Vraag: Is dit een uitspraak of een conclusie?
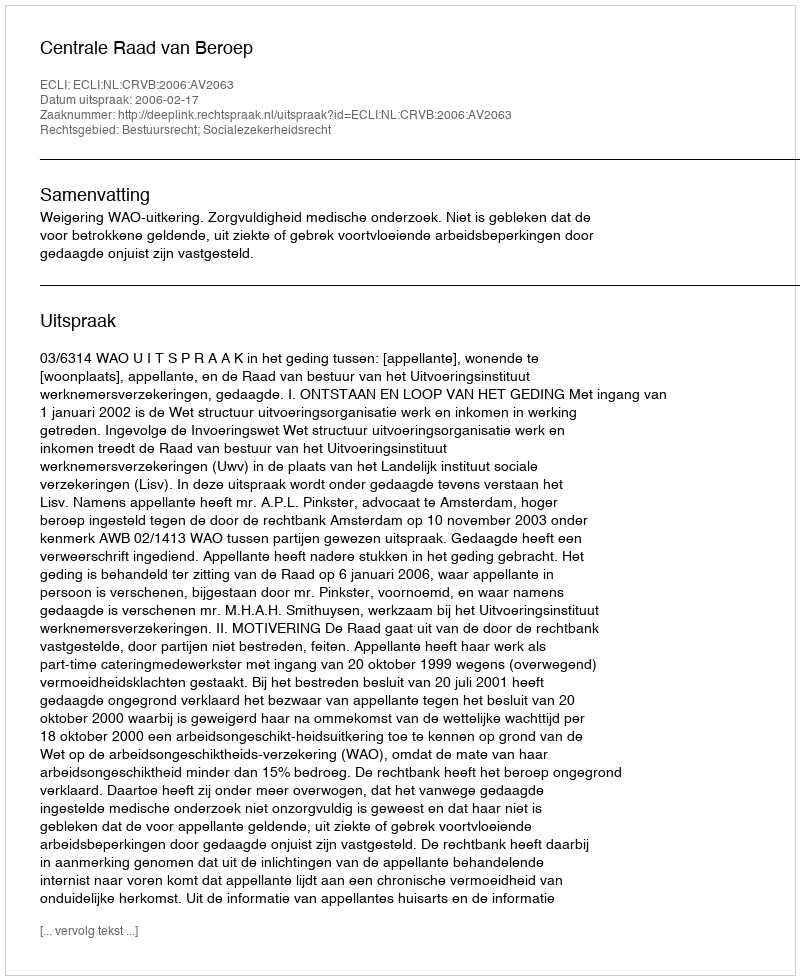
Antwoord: Uitspraak